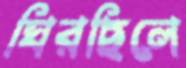
ঘিরছিলে